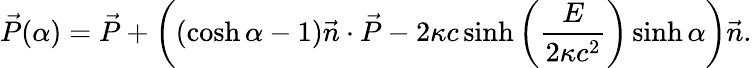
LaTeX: \vec{P}(\alpha)=\vec{P}+\left((\cosh\alpha-1)\vec{n}\cdot\vec{P}-2\kappa c\sinh\left(\frac{E}{2\kappa c^{2}}\right)\sinh\alpha\right)\vec{n}.